Maemoisa_(Sinalepa)_vallavalitsus, lk 36
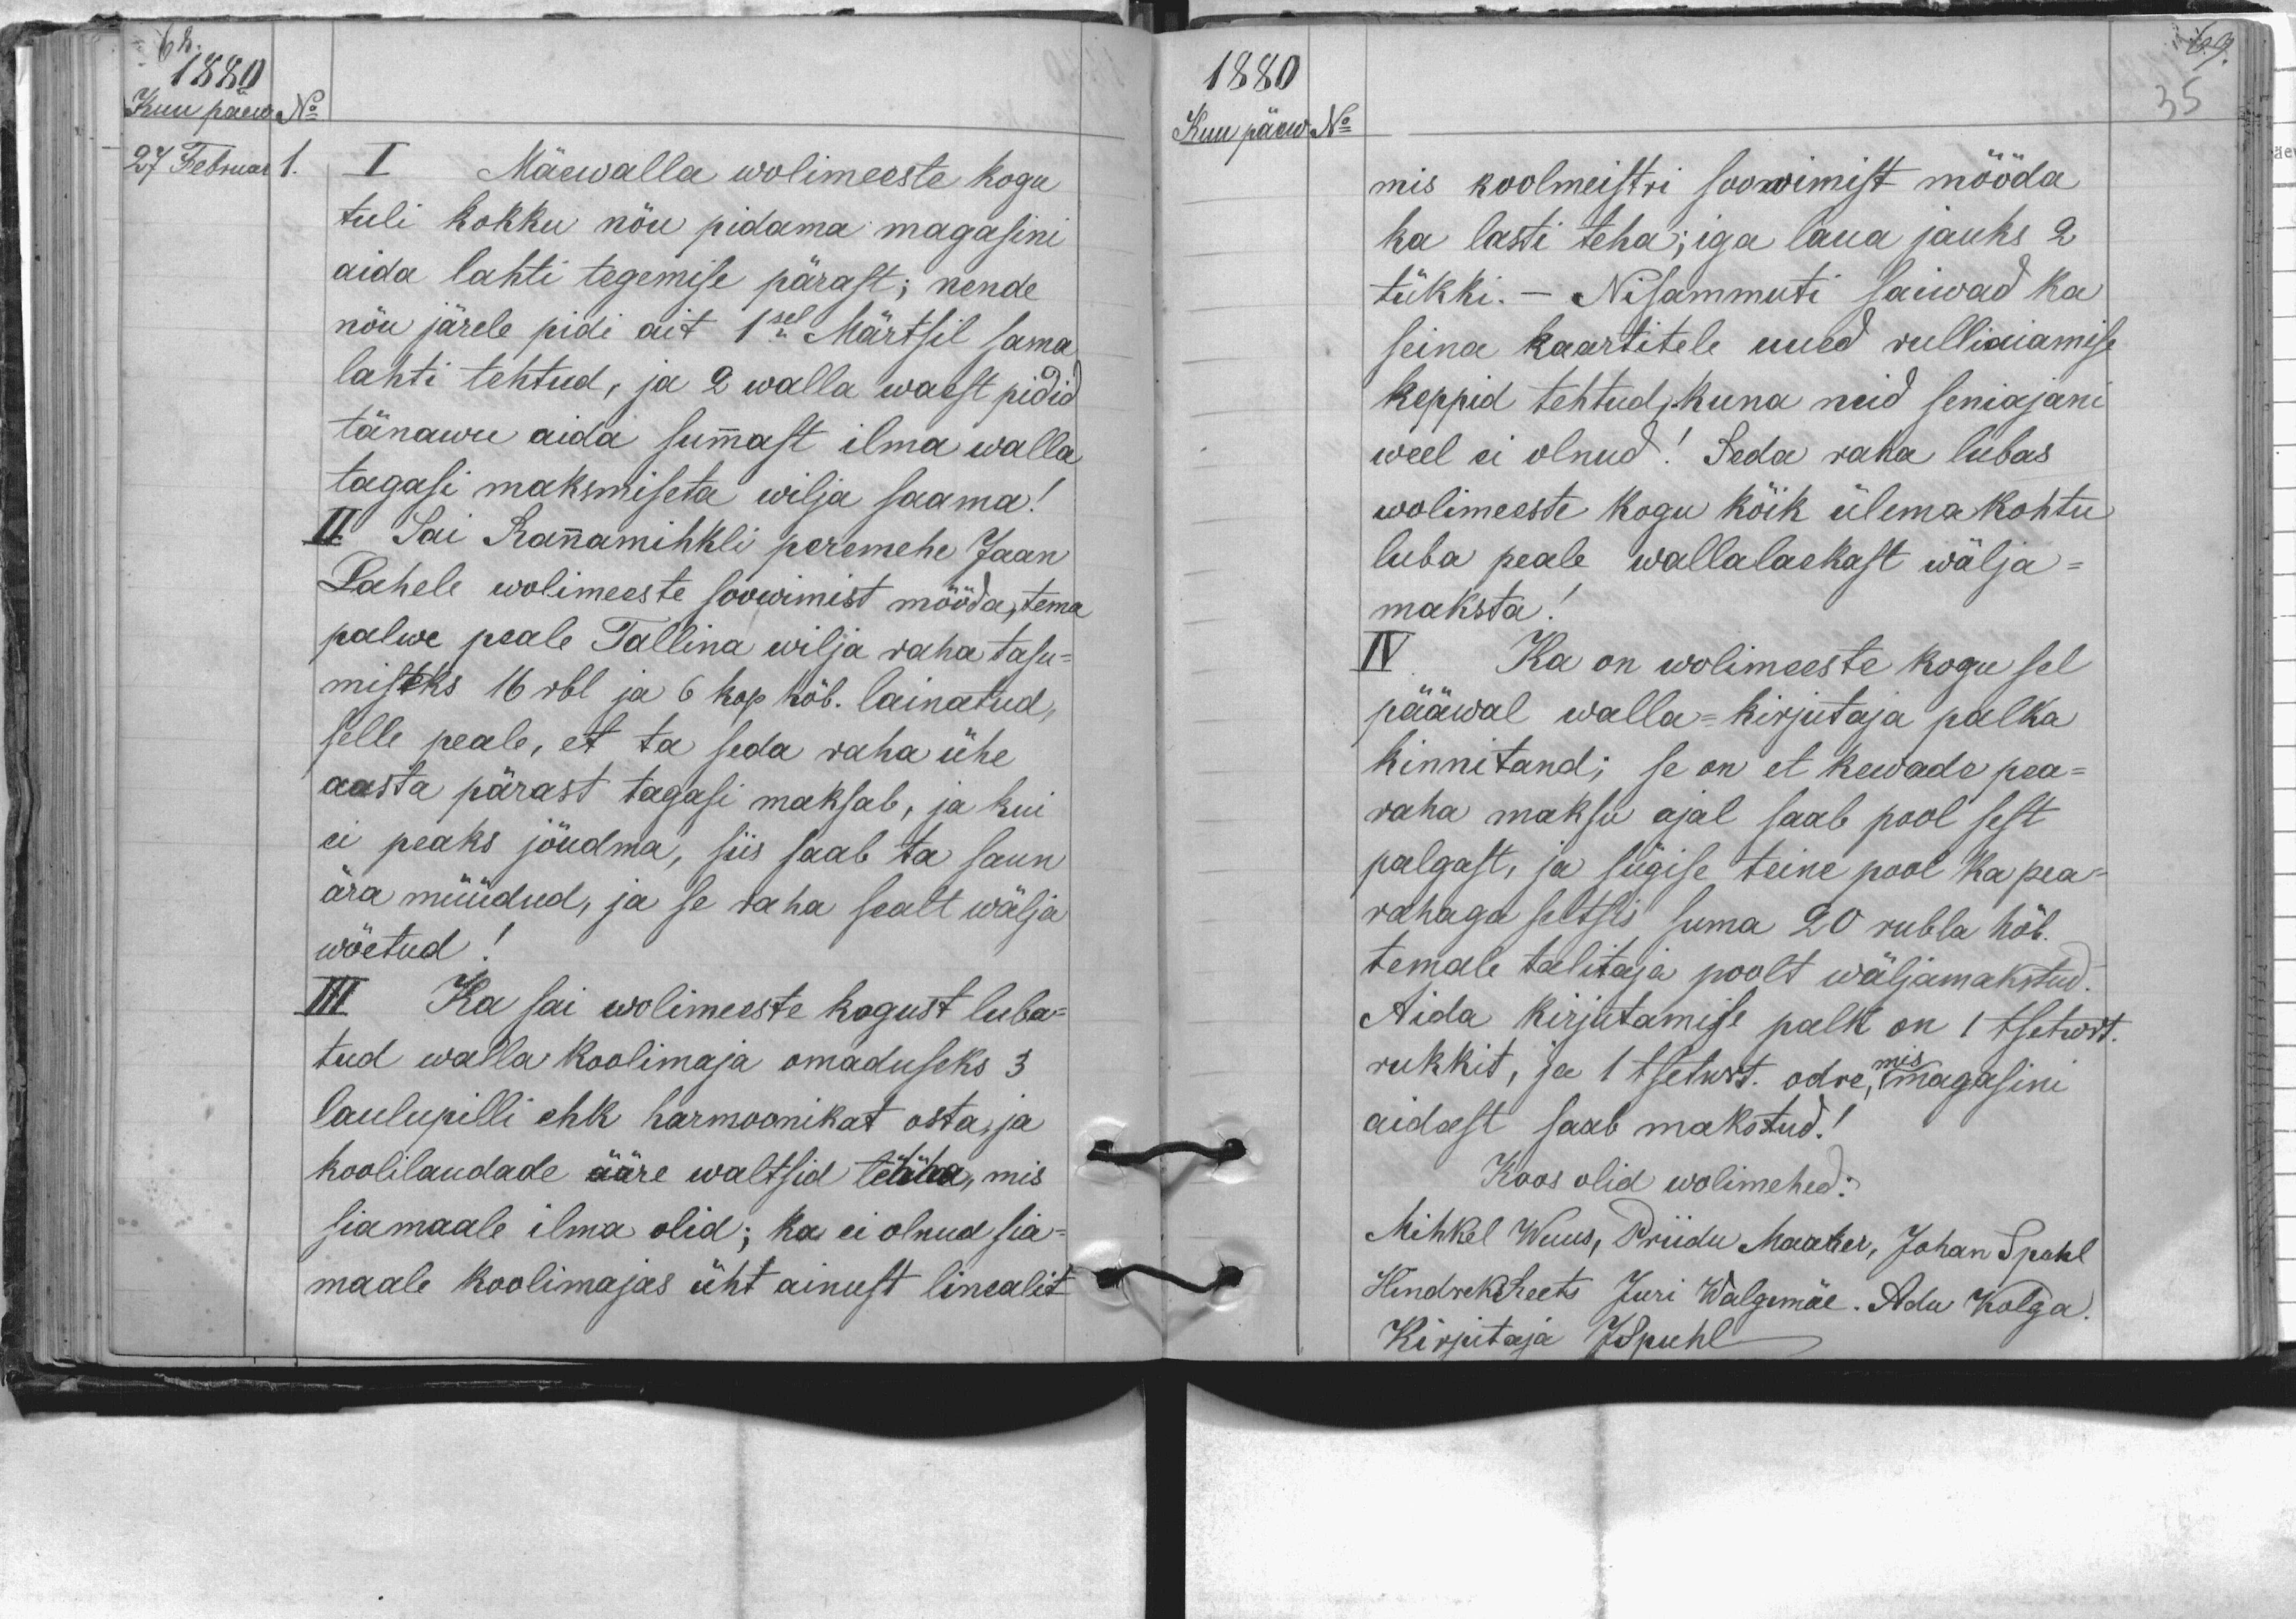
1880
Kuu päew No
27 Februar 1.
I Mäewalla wolimeeste kogu
tuli kokku nõu pidama magasini
aida lahti tegemise pärast; nende
nõu järele pidi ait 1sel Märtsil sama
lahti tehtud, ja 2 walla waest pidid
tänawu aida summast ilma walla
tagasi maksmiseta wilja saama!
II Sai Rannamihkli peremehe Jaan
Lahele wolimeeste soowimist mööda, tema
palwe peale Tallina wilja raha tasu-
misteks 16 rbl ja 6 kop hõb. lainatud,
selle peale, et ta seda raha ühe
aasta pärast tagasi maksab, ja kui
ei peaks jõudma, siis saab ta saun
ära müüdud, ja se raha sealt wälja
wõetud!
III Ka sai wolimeeste kogust luba-
tud walla koolimaja omaduseks 3
laulupilli ehk harmoonikat osta, ja
koolilaudade ääre waltsid tehha, mis
sia maale ilma olid; ka ei olnud sia-
maale koolimajas üht ainust linealit

1880
Kuu päew No
mis koolmeistri soowimist mööda
ka lasti teha; iga laua jauks 2
tükki. - Nisammuti saiwad ka
seina kaartitele uued rulliaiamise
keppid tehtud; kuna neid seniajani
weel ei olnud! Seda raha lubas
wolimeeste kogu kõik ülema kohtu
luba peale wallalaekast wälja-
maksta!
IV Ka on wolimeeste kogu sel
pääwal walla-kirjutaja palka
kinnitand; se on et kewade pea-
raha maksu ajal saab pool sest
palgast, ja sügise teine pool ka pea-
rahaga seltsis suma 20 rubla hõb.
temale talitaja poolt wäljamakstud.
Aida kirjutamise palk on 1 tsetwrt.
rukkit, ja 1 tsetwrt. odre, magasini
aidast saab makstud!
Koos olid wolimehed:
Mihkel Wuus, Priidu Maaker, Johan Spuhl
Hindrek Reets Juri Walgemäe. Adu Kolga.
Kirjutaja JSpuhl